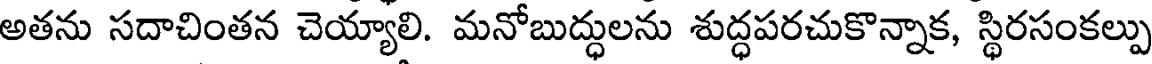
అతను సదాచింతన చెయ్యాలి. మనోబుద్ధులను శుద్ధపరచుకొన్నాక, స్థిరసంకల్పు